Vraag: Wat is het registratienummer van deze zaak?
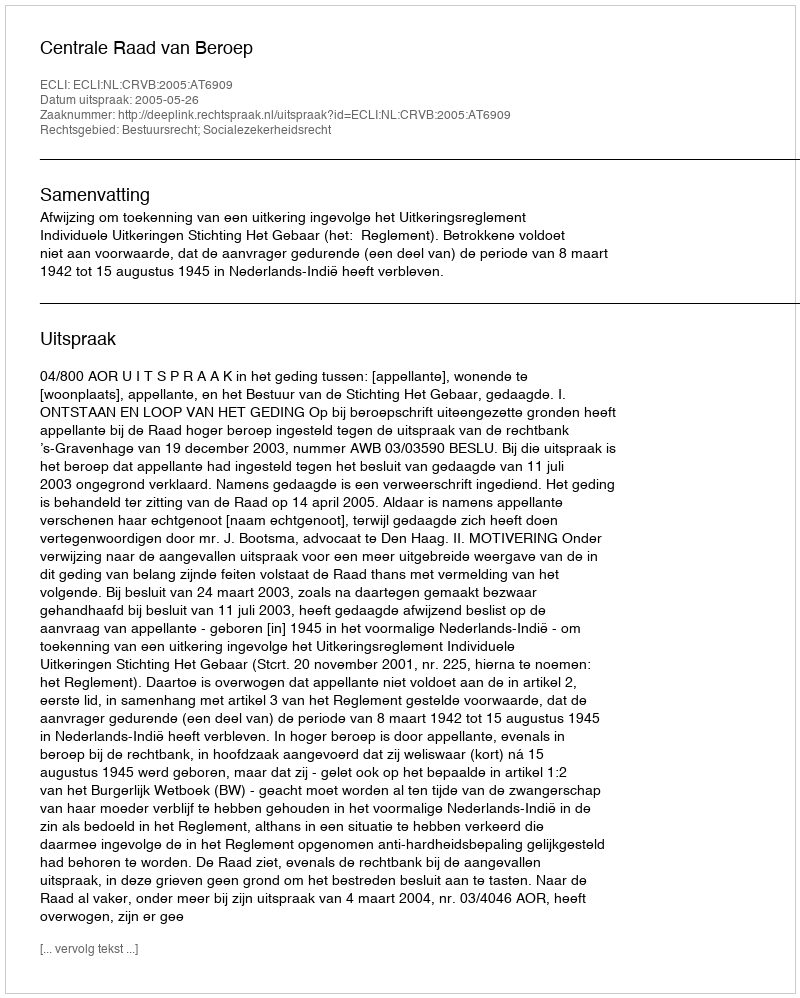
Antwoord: http://deeplink.rechtspraak.nl/uitspraak?id=ECLI:NL:CRVB:2005:AT6909